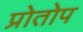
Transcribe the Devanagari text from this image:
प्रोतोप